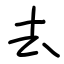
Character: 去